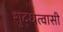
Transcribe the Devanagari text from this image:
शुद्धत्वासी